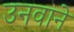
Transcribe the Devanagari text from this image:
उनवाने